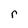
Character: r